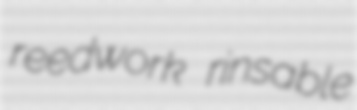
reedwork rinsable